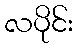
လပိုင်း